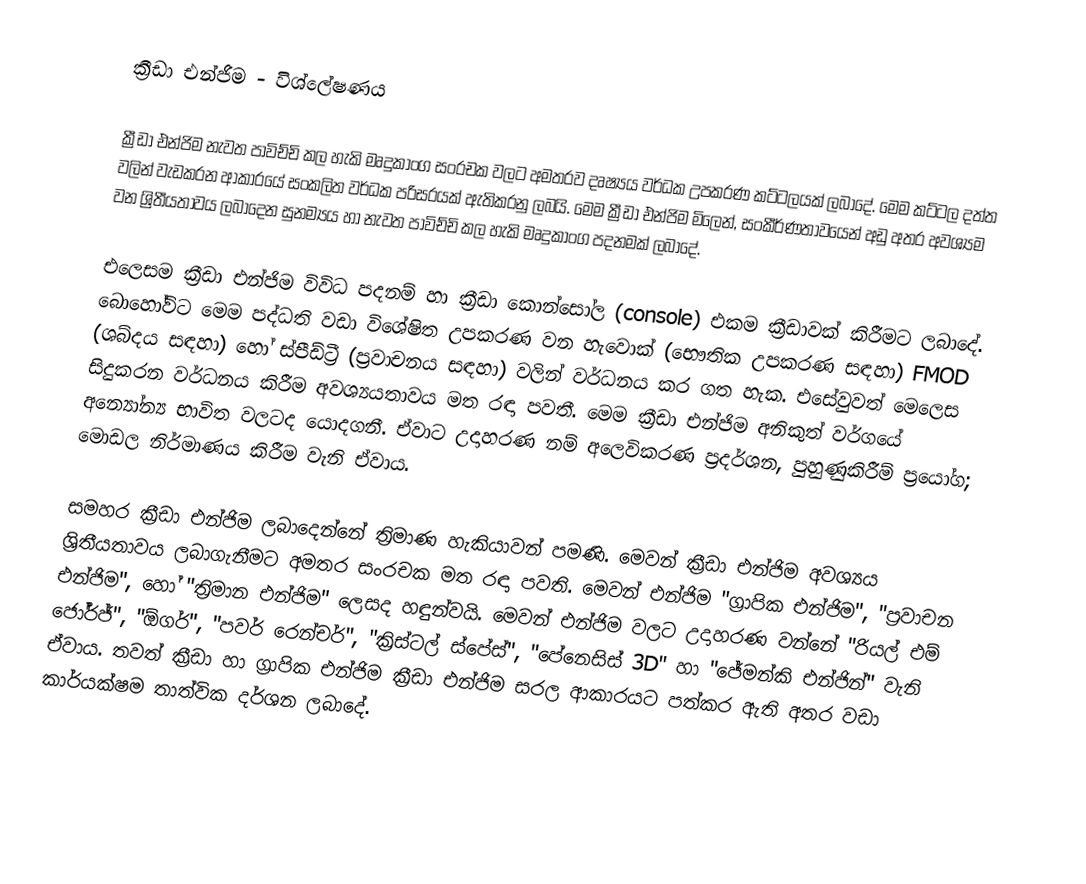
ක්‍රීඩා එන්ජිම - විශ්ලේෂණය

ක්‍රීඩා එන්ජිම නැවත පාවිච්චි කල හැකි මෘදුකාංග සංරචක වලට අමතරව දෘෂ්‍යය වර්ධක උපකරණ කට්ටලයක් ලබාදේ. මෙම කට්ටල දත්ත වලින් වැඩකරන ආකාරයේ සංකලිත වර්ධක පරිසරයක් ඇතිකරනු ලබයි. මෙම ක්‍රීඩා එන්ජිම මිලෙන්, සංකීර්ණතාවයෙන් අඩු අතර අවශ්‍යම වන ශ්‍රිතීයතාවය ලබාදෙන සුනම්‍යය හා නැවත පාවිච්චි කල හැකි මෘදුකාංග පදනමක් ලබාදේ.

එලෙසම ක්‍රීඩා එන්ජිම විවිධ පදනම් හා ක්‍රීඩා කොන්සෝල (console) එකම ක්‍රීඩාවක් කිරීමට ලබාදේ. බොහෝවිට මෙම පද්ධති වඩා විශේෂිත උපකරණ වන හැවොක් (භෞතික උපකරණ සඳහා) FMOD (ශබ්දය සඳහා) හෝ ස්පීඩ්ට්‍රී (ප්‍රවාචනය සඳහා) වලින් වර්ධනය කර ගත හැක. එසේවුවත් මෙලෙස සිදුකරන වර්ධනය කිරීම අවශ්‍යයතාවය මත රඳා පවතී. මෙම ක්‍රීඩා එන්ජිම අනිකුත් වර්ගයේ අන්‍යෝන්‍ය භාවිත වලටද යොදගනී. ඒවාට උදාහරණ නම් අලෙවිකරණ ප්‍රදර්ශන, පුහුණුකිරීම් ප්‍රයෝග; මොඩල නිර්මාණය කිරීම වැනි ඒවාය.

සමහර ක්‍රීඩා එන්ජිම ලබ‍ාදෙන්නේ ත්‍රිමාණ හැකියාවන් පමණි. මෙවන් ක්‍රීඩා එන්ජිම අවශ්‍යය ශ්‍රිතීයතාවය ලබාගැනීමට අමතර සංරචක මත රඳා පවති. මෙවන් එන්ජිම "ග්‍රාපික එන්ජිම", "ප්‍රවාචන එන්ජිම", හෝ "ත්‍රිමාන එන්ජිම" ලෙසද හඳුන්වයි. මෙවන් එන්ජිම වලට උදාහරණ වන්නේ "රියල් එම් ජෝර්ජ්", "ඕගර්", "පවර් රෙන්චර්", "ක්‍රිස්ටල් ස්පේස්", "පේනෙසිස් 3D" හා "ජේමන්කි එන්ජින්" වැනි ඒවාය. තවත් ක්‍රීඩා හා ග්‍රාපික එන්ජිම ක්‍රීඩා එන්ජිම සරල ආකාරයට පත්කර ඇති අතර වඩා කාර්යක්ෂම තාත්වික දර්ශන ලබාදේ.